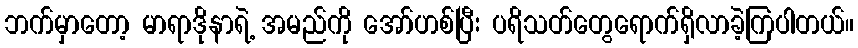
ဘက်မှာတော့ မာရာဒိုနာရဲ့ အမည်ကို အော်ဟစ်ပြီး ပရိသတ်တွေရောက်ရှိလာခဲ့ကြပါတယ်။